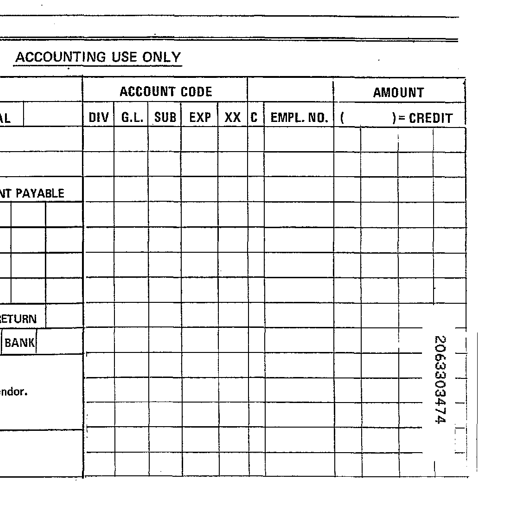
ACCOUNTING USE ONLY

ACCOUNT CODE
AMOUNT

AL DIV G.L. SUB EXP XX C EMPL. NO. ( ) = CREDIT

NT PAYABLE

ETURN
BANK 2063303474

ndor.